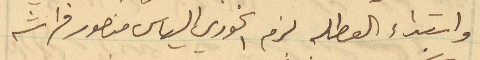
وابتداء العطله لزم الخوري الياس منصور فراشه